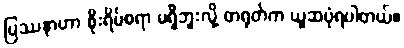
ပြဿနာဟာ စိုးရိမ်စရာ မရှိဘူးလို့ တရုတ်က ယူဆပုံရပါတယ်။